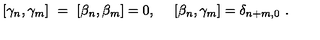
\left[ \gamma _ { n } , \gamma _ { m } \right] \ = \ \left[ \beta _ { n } , \beta _ { m } \right] = 0 , \quad \ \left[ \beta _ { n } , \gamma _ { m } \right] = \delta _ { n + m , 0 } \ .